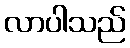
လာပါသည်